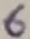
Text: 6